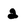
Character: 2